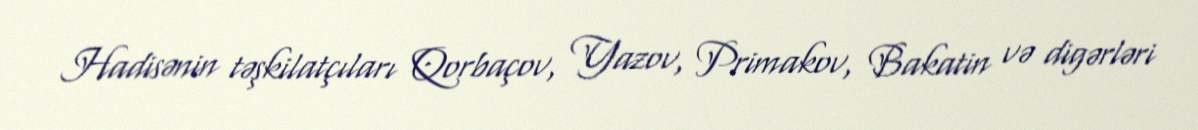
Hadisənin təşkilatçıları Qorbaçov, Yazov, Primakov, Bakatin və digərləri